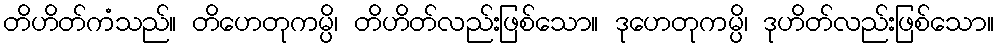
တိဟိတ်ကံသည်။ တိဟေတုကမ္ပိ၊ တိဟိတ်လည်းဖြစ်သော။ ဒုဟေတုကမ္ပိ၊ ဒုဟိတ်လည်းဖြစ်သော။